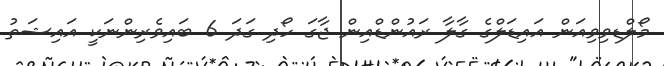
މޯލްޑވިވިއަން އައިޑަލްގެ ގާލާ ރައުންޑްއިން ޖާގަ ހޯދި ގަދަ 6 ބައިވެރިންނަކީ އައިޝަތު